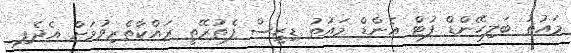
މައުތު ބަލިހޭންޑް ފުޓް އެންޑް މައުތު ޑިޒީސް ފެތުރޭތީ ރައްކާތެރިވުމަށް އެދެފި